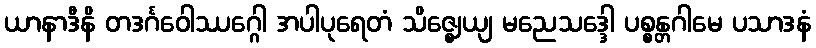
ယာနာဒီနိ တဒင်္ဂဝေါဿဂ္ဂေါ အပါပုရေတံ သိဇ္ဈေယျ မညေသဒ္ဒေါ ပစ္စန္တဂါမေ ပသာဒနံ